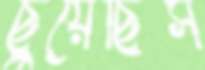
ছুঁয়েছিস